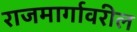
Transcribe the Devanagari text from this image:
राजमार्गावरील